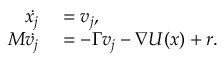
\begin{array} { r l } { \dot { x _ { j } } } & { { } = v _ { j } , } \\ { M \dot { v _ { j } } } & { { } = - \Gamma v _ { j } - \nabla U ( x ) + r . } \end{array}